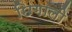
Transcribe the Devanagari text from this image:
छिगाली